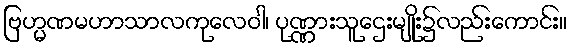
ဗြဟ္မဏမဟာသာလကုလေဝါ၊ ပုဏ္ဏားသူဌေးမျိုး၌လည်းကောင်း။